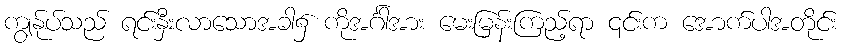
ကျွန်ုပ်သည် ရင်းနှီးလာသောအခါ၌ ကိုအင်္ဂါအား မေးမြန်းကြည့်ရာ ၎င်းက အောက်ပါအတိုင်း